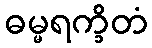
ဓမ္မရက္ခိတံ